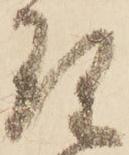
理